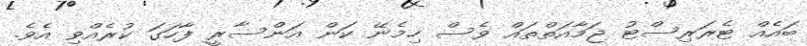
ބައެއް ޓެރަރިސްޓު ޖަމާއަތްތައް ވެސް ހިމެނޭ ކަން އަންސާރީ ފާހަގަ ކުރެއްވި އެވެ.